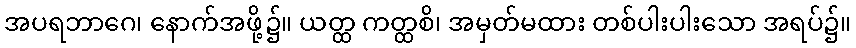
အပရဘာဂေ၊ နောက်အဖို့၌။ ယတ္ထ ကတ္ထစိ၊ အမှတ်မထား တစ်ပါးပါးသော အရပ်၌။